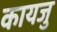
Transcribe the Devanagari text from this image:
कायजु